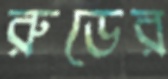
রুডের